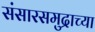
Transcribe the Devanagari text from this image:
संसारसमुद्राच्या